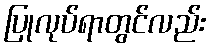
ပြုလုပ်ရာတွင်လည်း